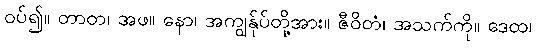
ဝပ်၍။ တာတ၊ အဖ။ နော၊ အကျွန်ုပ်တို့အား။ ဇီဝိတံ၊ အသက်ကို။ ဒေထ၊